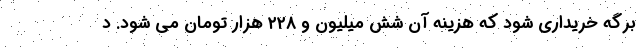
برگه خریداری شود که هزینه آن شش میلیون و ۲۲۸ هزار تومان می شود. د